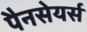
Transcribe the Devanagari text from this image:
पैनसेयर्स